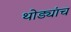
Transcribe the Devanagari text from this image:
थोड्यांच